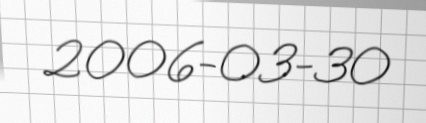
2006-03-30